Report of the Hyderabad Chloroform Commission
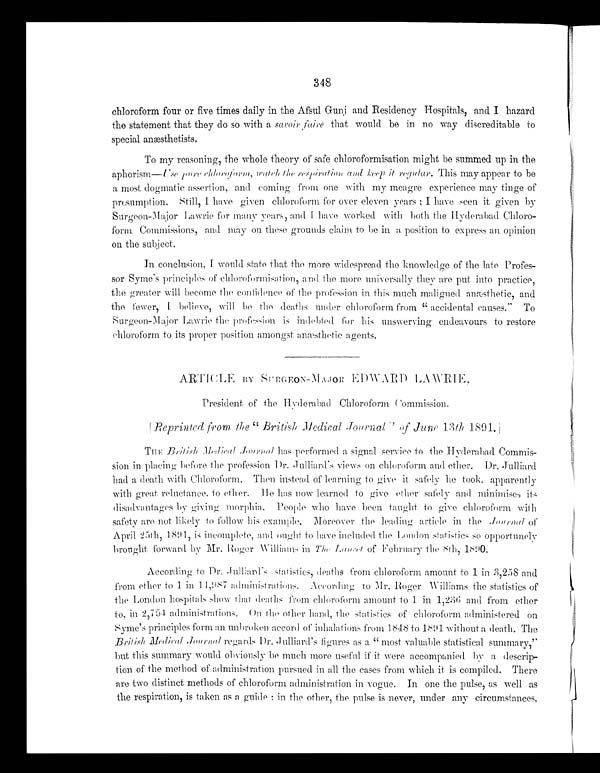
348
chloroform four or five times daily in the Afsul Gunj and Residency Hospitals, and I hazard
the statement that they do so with a saroir faire that would be in no way discreditable to
speci al anæst het i st s.
To my reasoning, the whole theory of safe chloroformisation might be summed up in the
aphorism— Use pure chloroform, watch the respiration and keep it regular. This may appear to be
a most dogmatic assertion, and coming from one with my meagre experience may tinge of
presumption. Still, I have given chloroform for over eleven years; I have seen it given by
Surgeon-Major Lawrie for many years, and I have worked with both the Hyderabad Chloro-
form Commissions, and may on these grounds claim to be in a position to express an opinion
on the subject.
In conclusion, I would state that the more widespread the knowledge of the late Profes
- s o r S y m e ' s p r i n c i p l e s o f c h l o r o f o r m i s a t i o n , a n d t h e m o r e u n i v e r s a l l y t h e y a r e p u t i n t o p r a c t i c e ,
the greater will become the confidence of the profession in this much maligned anæsthetic, and
the fewer, I b e l i e v e , w i l l b e t h e d e a t h s u n d e r c h l o r o f o r m f r o m " a c c i d e n t a l c a u s e s . " T o
Surgeon-Major Lawrie the profession is indebted for his unswerving endeavours to restore
chloroform to its proper position amongst anæsthetic agents.
ARTICLE BY SURGEON-MAJOR EDWARD LAWRIE,
President of the Hyderabad Chloroform Commission.
[ Reprinted from the "British Medical Journal" of June 13th 1891.]
THE British Medical Journalhas performed a signal service to the Hyderabad Commis
- s i o n i n p l a c i n g b e f o r e t h e p r o f e s s i o n D r . J u l l i a r d ' s v i e w s o n c h l o r o f o r m a n d e t h e r . D r . J u l l i a r d
had a death with Chloroform. Then instead of learning to give it safely he took, apparently
with great reluctance, to ether. He has now learned to give ether safely and minimises its
disadvantages by giving morphia. People who have been taught to give chloroform with
safety are not likely to follow his example. Moreover the leading article in the Journal of
April 25th, 1891, is incomplete, and ought to have included the London statistics so opportunely
brought forward by Mr. Roger Williams in The Lancet of February the 8th, 1890.
According to Dr. Julliard's statistics, deaths from chloroform amount to 1 in 3,258 and
f r o m e t h e r t o 1 i n 1 4 , 9 8 7 a d mi n i s t r a t i o n s . Ac c o r d i n g t o Mr . Ro g e r Wi l l i a ms t h e s t a t i s t i c s o f
the London hospitals show that deaths from chloroform amount to 1 in 1,236 and from ether
to, in 2,754 administrations. On the other hand, the statistics of chloroform administered on
Syme's principles form an unbroken accord of inhalations from 1848 to 1891 without a death. The
British Medical Journalr e g a r d s D r . J u l l i a r d ' s f i g u r e s a s a " m o s t v a l u a b l e s t a t i s t i c a l s u m m a r y , "
but this summary would obviously be much more useful if it were accompanied by a descrip
- t i o n o f t h e m e t h o d o f a d m i n i s t r a t i o n p u r s u e d i n a l l t h e c a s e s f r o m w h i c h i t i s c o m p i l e d . T h e r e
are two distinct methods of chloroform administration in vogue. In one the pulse, as well as
the respiration, is taken as a guide: in the other, the pulse is never, under any circumstances,